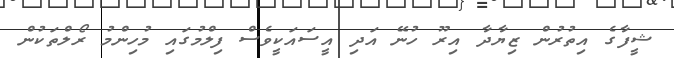
ޝީފާގެ އިތުރުން ޒިޔާދާ އިރޫ ހުނޭ އަދި އީސައަކީވެސް ފިލްމުގައި މުހިންމު ރޯލްތަކުން